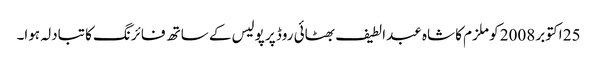
25 اکتوبر 2008 کو ملزم کا شاہ عبدالطیف بھٹائی روڈ پر پولیس کے ساتھ فائرنگ کا تبادلہ ہوا۔